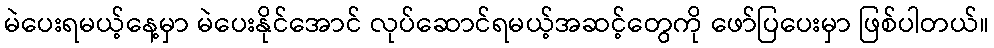
မဲပေးရမယ့်နေ့မှာ မဲပေးနိုင်အောင် လုပ်ဆောင်ရမယ့်အဆင့်တွေကို ဖော်ပြပေးမှာ ဖြစ်ပါတယ်။